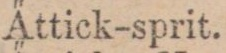
A̋ttick-sprit.